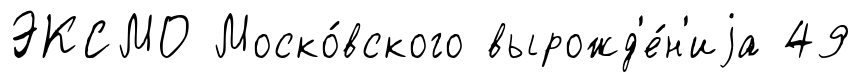
ЭКСМО Моско́вского вырожд'е́н'иjа 49